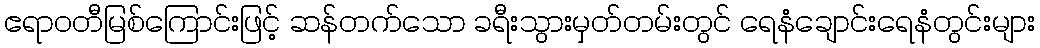
ဧရာဝတီမြစ်ကြောင်းဖြင့် ဆန်တက်သော ခရီးသွားမှတ်တမ်းတွင် ရေနံချောင်းရေနံတွင်းများ